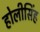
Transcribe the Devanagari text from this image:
होलीसिंह